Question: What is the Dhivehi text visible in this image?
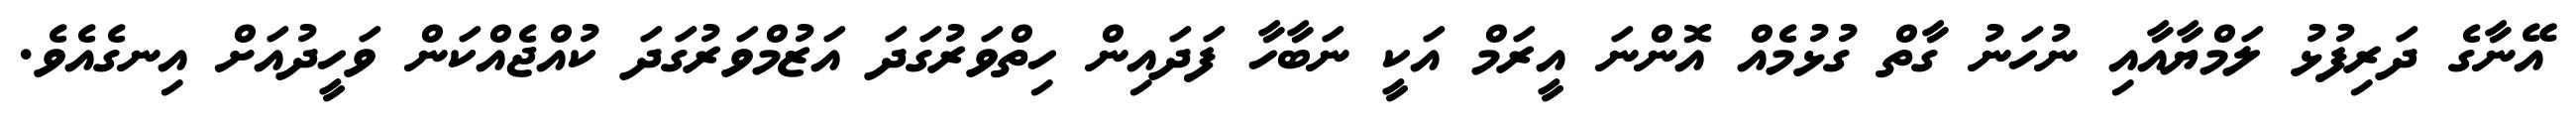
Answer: އޭނާގެ ދަރިފުޅު ލަމްޔާއާއި ނުހަނު ގާތް ގުޅުމެއް އޮންނަ އީރަމް އަކީ ނަބާހާ ފަދައިން ހިތްވަރުގަދަ އަޒުމްވަރުގަދަ ކުއްޖެއްކަން ވަހީދުއަށް އިނގެއެވެ.